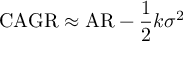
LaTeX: \mathrm { C A G R } \approx \mathrm { A R } - { \frac { 1 } { 2 } } k \sigma ^ { 2 }